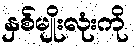
နှစ်မျိုးလုံးကို